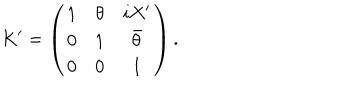
K ^ { \prime } = \left( \begin{array} { c c c } { { 1 } } & { { \theta } } & { { i X ^ { \prime } } } \\ { { 0 } } & { { 1 } } & { { \bar { \theta } } } \\ { { 0 } } & { { 0 } } & { { 1 } } \\ \end{array} \right) .